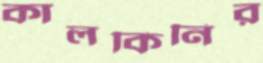
কালকিনির